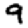
Digit: 9